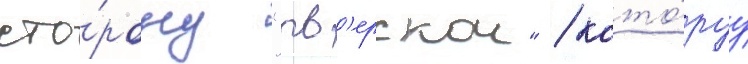
сто́рону "тв'ерскои" / кото́руу